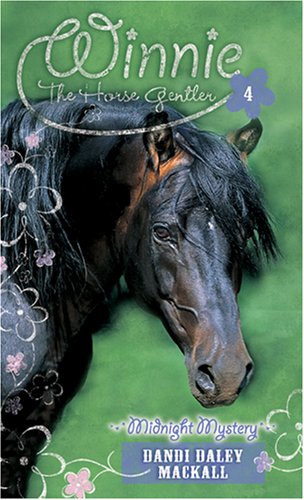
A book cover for Midnight Mystery (Winnie the Horse Gentler #4); Dandi Daley Mackall; Religion & Spirituality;